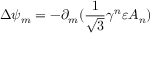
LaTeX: \Delta \psi _ { m } = - \partial _ { m } ( \frac { 1 } { \sqrt { 3 } } \gamma ^ { n } \varepsilon A _ { n } )